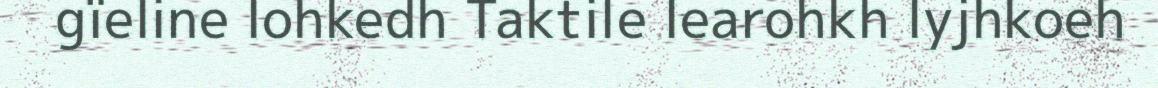
gïeline lohkedh Taktile learohkh lyjhkoeh